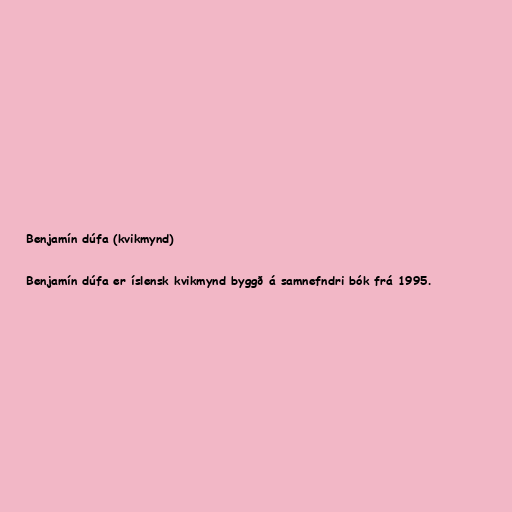
Benjamín dúfa (kvikmynd)

Benjamín dúfa er íslensk kvikmynd byggð á samnefndri bók frá 1995.